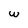
Character: w